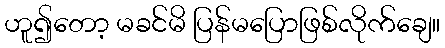
ဟူ၍တော့ မခင်မိ ပြန်မပြောဖြစ်လိုက်ချေ။